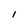
Character: I